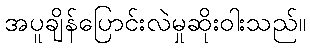
အပူချိန်ပြောင်းလဲမှုဆိုးဝါးသည်။